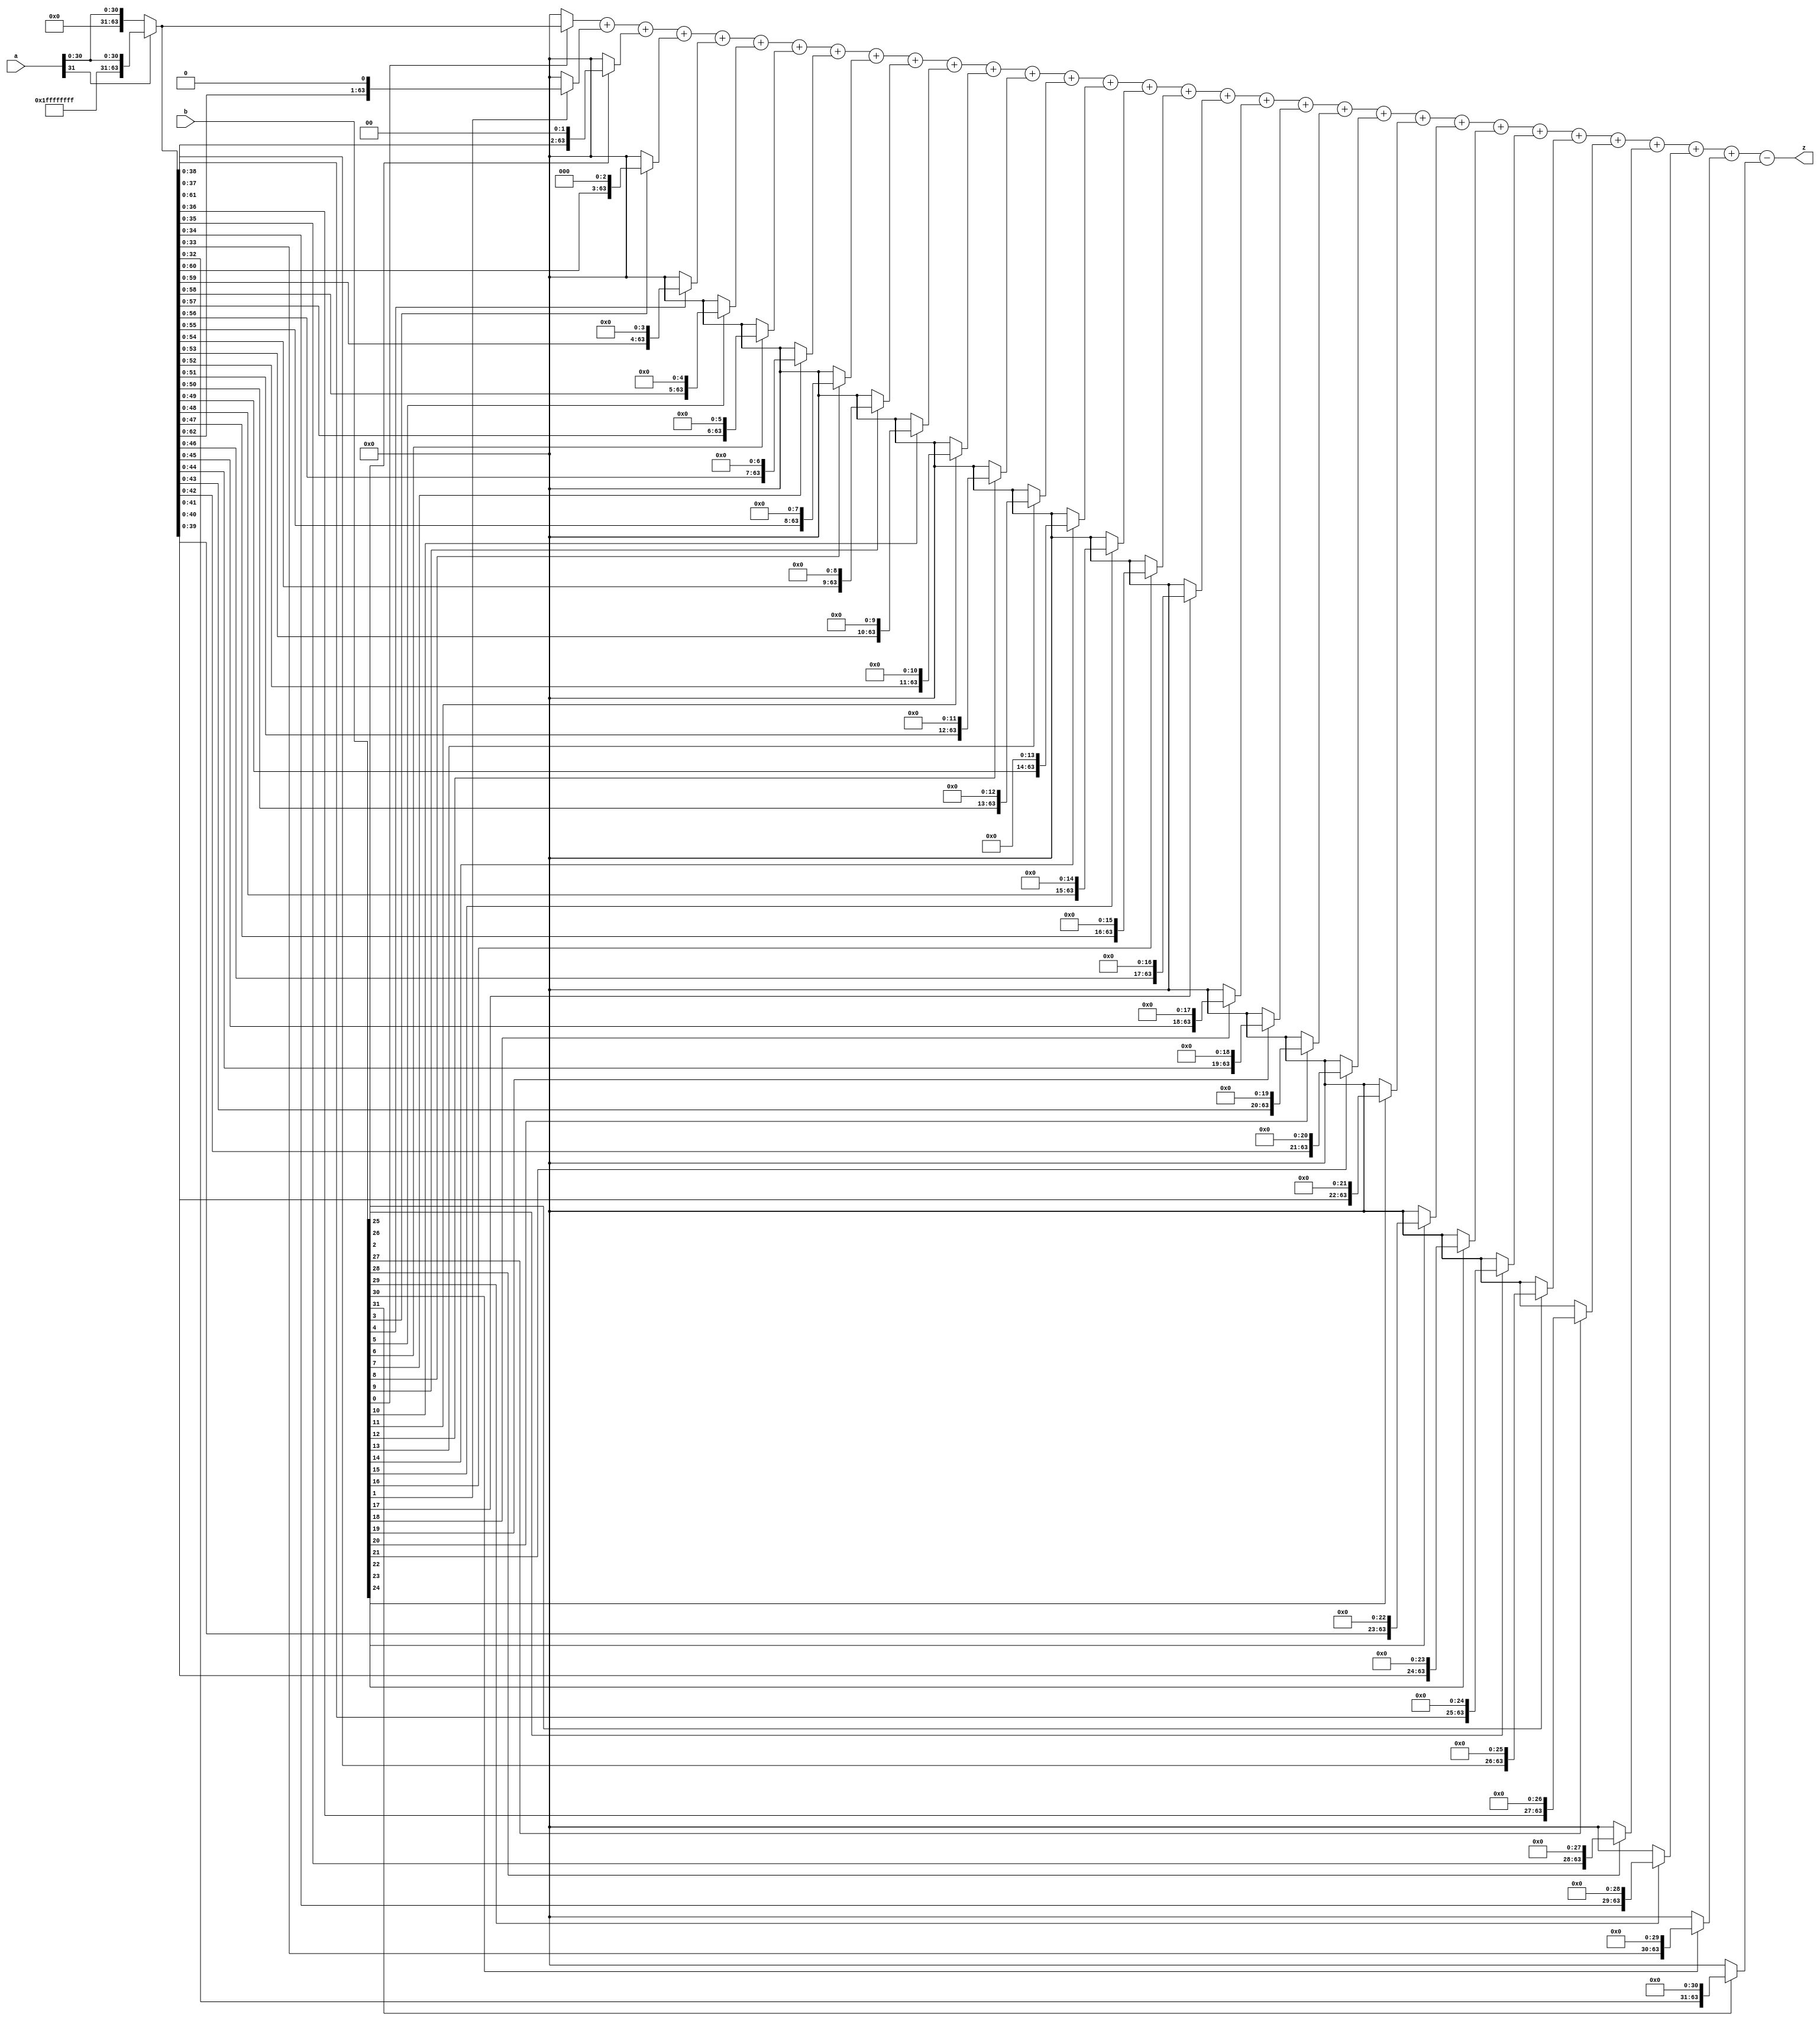
`timescale 1ns / 1ps
//////////////////////////////////////////////////////////////////////////////////
// Company: 
// Engineer: 
// 
// Design Name: 
// Module Name: MULT
// Project Name: 
// Target Devices: 
// Tool Versions: 
// Description: 
// 
// Dependencies: 
// 
// Revision:
// Revision 0.01 - File Created
// Additional Comments:
// 
//////////////////////////////////////////////////////////////////////////////////


module MULT(
input [31:0] a,
input [31:0] b,
output [63:0] z
);

wire [63:0] a1;
wire [64:0] z1;

assign a1=(a[31]==0)?{32'b00000000000000000000000000000000,a}:{32'b11111111111111111111111111111111,a};
assign z1=((b[0]?a1:65'b0)+((b[1]==1)?(a1<<1):65'b0)+((b[2]==1)?(a1<<2):65'b0)+((b[3]==1)?(a1<<3):65'b0)+((b[4]==1)?(a1<<4):65'b0)+((b[5]==1)?(a1<<5):65'b0)+((b[6]==1)?(a1<<6):65'b0)+((b[7]==1)?(a1<<7):65'b0)+((b[8]==1)?(a1<<8):65'b0)+((b[9]==1)?(a1<<9):65'b0)+((b[10]==1)?(a1<<10):65'b0)+((b[11]==1)?(a1<<11):65'b0)+((b[12]==1)?(a1<<12):65'b0)+((b[13]==1)?(a1<<13):65'b0)+((b[14]==1)?(a1<<14):65'b0)+((b[15]==1)?(a1<<15):65'b0)+((b[16]==1)?(a1<<16):65'b0)+((b[17]==1)?(a1<<17):65'b0)+((b[18]==1)?(a1<<18):65'b0)+((b[19]==1)?(a1<<19):65'b0)+((b[20]==1)?(a1<<20):65'b0)+((b[21]==1)?(a1<<21):65'b0)+((b[22]==1)?(a1<<22):65'b0)+((b[23]==1)?(a1<<23):65'b0)+((b[24]==1)?(a1<<24):65'b0)+((b[25]==1)?(a1<<25):65'b0)+((b[26]==1)?(a1<<26):65'b0)+((b[27]==1)?(a1<<27):65'b0)+((b[28]==1)?(a1<<28):65'b0)+((b[29]==1)?(a1<<29):65'b0)+((b[30]==1)?(a1<<30):65'b0)-((b[31]==1)?a1<<31:65'b0));
assign z=z1[63:0];

endmodule